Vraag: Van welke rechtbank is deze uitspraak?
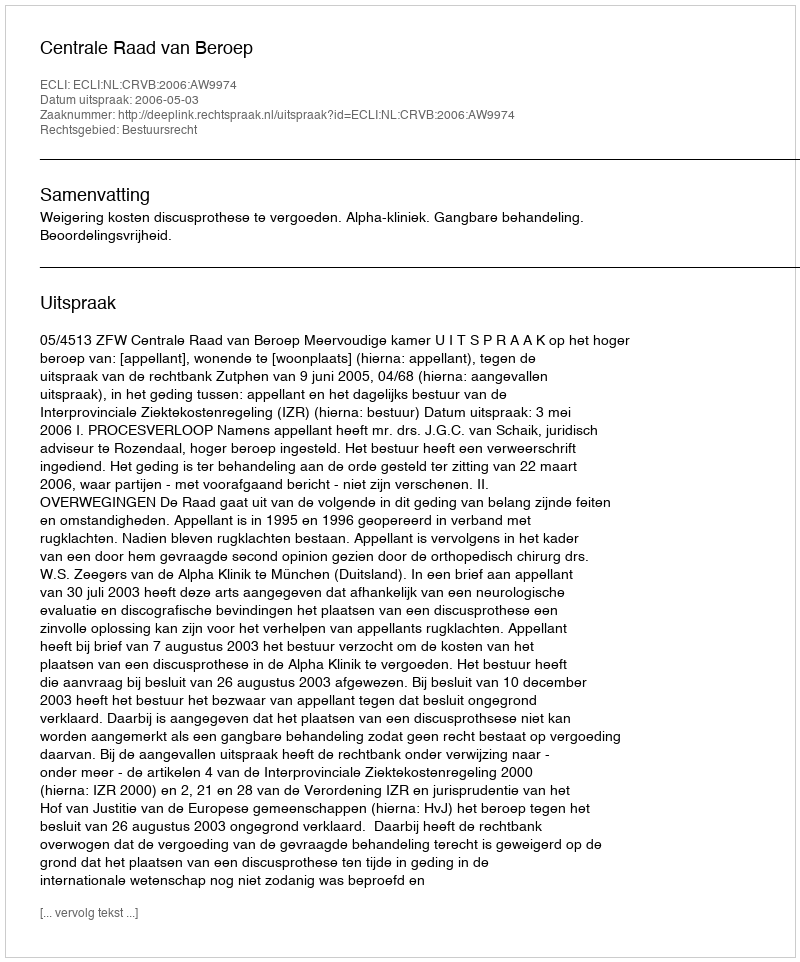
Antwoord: Centrale Raad van Beroep